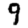
Digit: 9